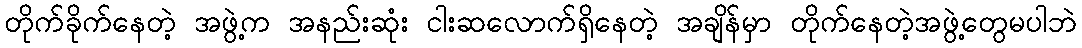
တိုက်ခိုက်နေတဲ့ အဖွဲ့က အနည်းဆုံး ငါးဆလောက်ရှိနေတဲ့ အချိန်မှာ တိုက်နေတဲ့အဖွဲ့တွေမပါဘဲ